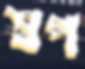
স্বপ